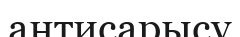
антисарысу